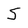
Character: s